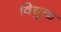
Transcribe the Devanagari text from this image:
विद्युक्त